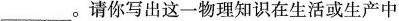
___。请你写出这一物理知识在生活或生产中